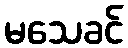
မသေခင်